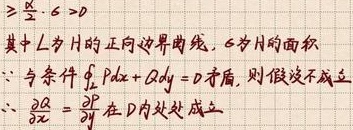
$\geqslant \frac{\pi}{2} \cdot \sigma>0$

其中 $L$ 为 $H$ 的正向边界曲线, $\sigma$ 为 $H$ 的面积

$\because$ 与条件 $\oint_{L} P \mathrm{d}x + Q \mathrm{d}y = 0$ 矛盾, 则假设不成立

$\therefore \frac{\partial Q}{\partial x}=\frac{\partial P}{\partial y}$ 在 $D$ 内处处成立